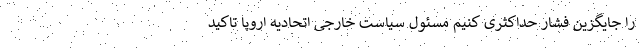
را جایگزین فشار حداکثری کنیم مسئول سیاست خارجی اتحادیه اروپا تاکید